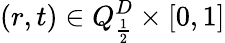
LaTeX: (r,t)\in Q_{\frac{1}{2}}^{D}\times[0,1]